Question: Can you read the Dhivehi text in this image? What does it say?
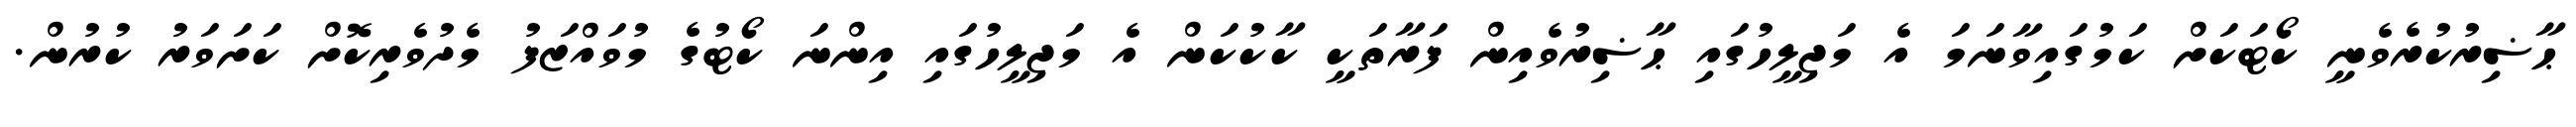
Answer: ޙާޟިރުކުރެވެނީ ކޯޓަކަށް ކަމުގައިވާނަމަ އެ މަޖިލީހުގައި ޙާޟިރުވެއިން ފަރާތަކީ ކާކުކަން އެ މަޖިލީހުގައި އިންނަ ކޯޓުގެ މުވައްޒަފު މެދުވެރިކޮށް ކަށަވަރު ކުރުން.